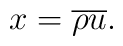
x = {\overline \rho}{\overline u}.